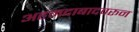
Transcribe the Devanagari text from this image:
अहमदाबादवरून